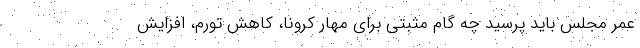
عمر مجلس باید پرسید چه گام مثبتی برای مهار کرونا، کاهش تورم، افزایش